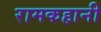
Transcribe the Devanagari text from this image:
रामकहानी